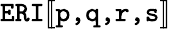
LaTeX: \texttt{ERI}[\! [\texttt{p,q,r,s}]\! ]